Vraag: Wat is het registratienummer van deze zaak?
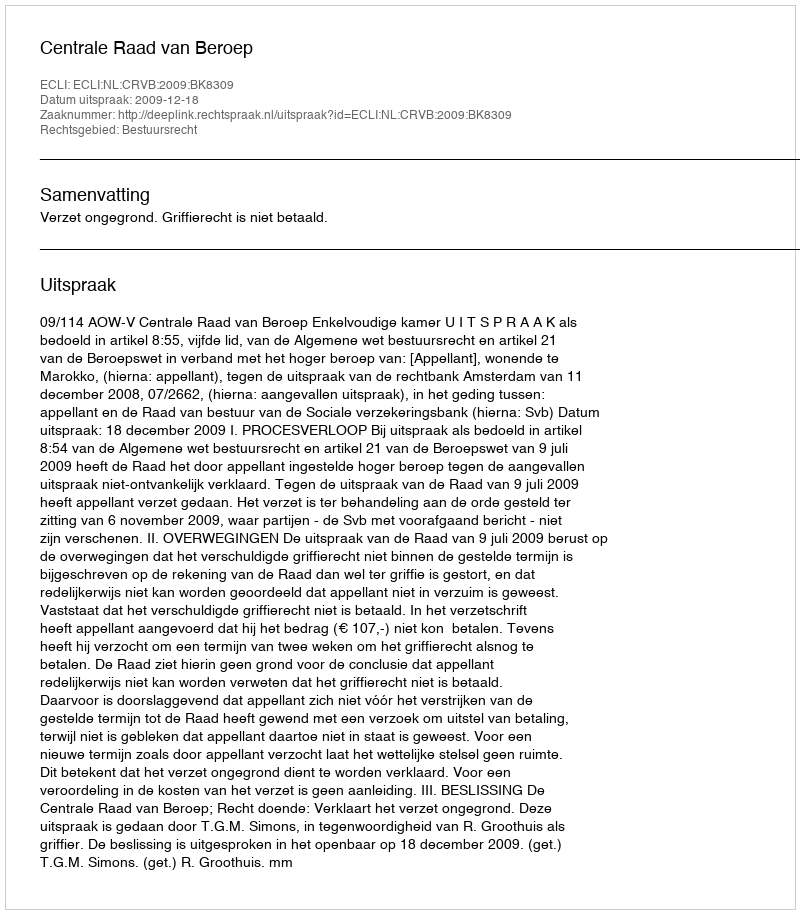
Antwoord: http://deeplink.rechtspraak.nl/uitspraak?id=ECLI:NL:CRVB:2009:BK8309